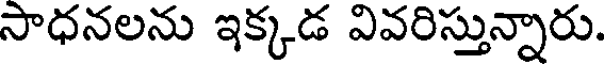
సాధనలను ఇక్కడ వివరిస్తున్నారు.